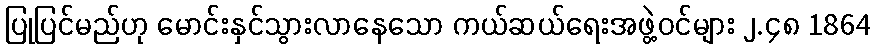
ပြုပြင်မည်ဟု မောင်းနှင်သွားလာနေသော ကယ်ဆယ်ရေးအဖွဲ့ဝင်များ ၂.၄၈ 1864